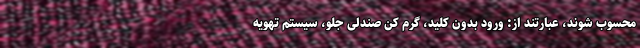
محسوب شوند، عبارتند از: ورود بدون کلید، گرم کن صندلی جلو، سیستم تهویه